Investigations on Bengal jail dietaries - Number 37
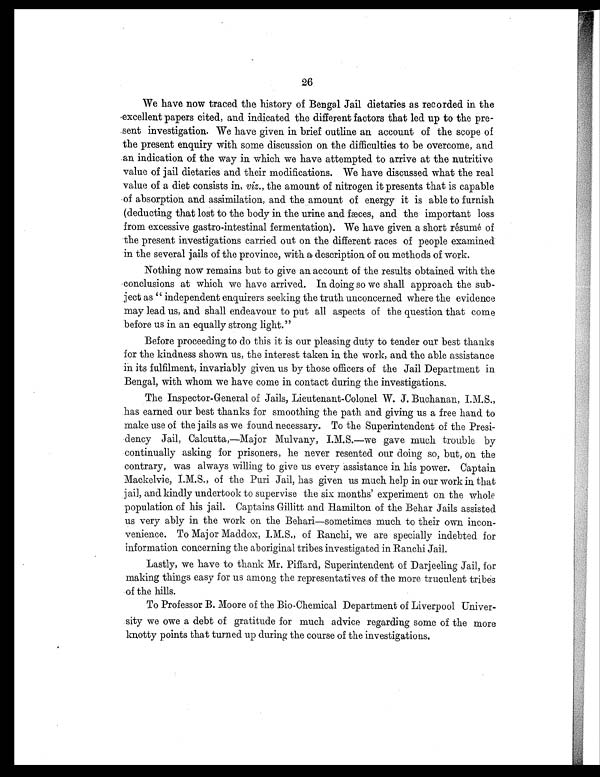
26
We have now traced the history of Bengal Jail dietaries as recorded in the
excellent papers cited, and indicated the different factors that led up to the pre-
sent investigation. We have given in brief outline an account of the scope of
the present enquiry with some discussion on the difficulties to be overcome, and
an indication of the way in which we have attempted to arrive at the nutritive
value of jail dietaries and their modifications. We have discussed what the real
value of a diet consists in, viz. , the amount of nitrogen it presents that is capable
of absorption and assimilation, and the amount of energy it is able to furnish
(deducting that lost to the body in the urine and fæces, and the important loss
from excessive gastro-intestinal fermentation). We have given a short résumé of
the present investigations carried out on the different races of people examined
in the several jails of the province, with a description of ou methods of work.
Nothing now remains but to give an account of the results obtained with the
conclusions at which we have arrived. In doing so we shall approach the sub-
ject as "independent enquirers seeking the truth unconcerned where the evidence
may lead us, and shall endeavour to put all aspects of the question that come
before us in an equally strong light."
Before proceeding to do this it is our pleasing duty to tender our best thanks
for the kindness shown us, the interest taken in the work, and the able assistance
in its fulfilment, invariably given us by those officers of the Jail Department in
Bengal, with whom we have come in contact during the investigations.
The Inspector-General of Jails, Lieutenant-Colonel W. J. Buchanan, I.M.S.,
has earned our best thanks for smoothing the path and giving us a free hand to
make use of the jails as we found necessary. To the Superintendent of the Presi-
dency Jail, Calcutta,—Major Mulvany, I.M.S.—we gave much trouble by
continually asking for prisoners, he never resented our doing so, but, on the
contrary, was always willing to give us every assistance in his power. Captain
Mackelvie, I.M.S., of the Puri Jail, has given us much help in our work in that
jail, and kindly undertook to supervise the six months' experiment on the whole
population of his jail. Captains Gillitt and Hamilton of the Behar Jails assisted
us very ably in the work on the Behari—sometimes much to their own incon-
venience. To Major Maddox, I.M.S., of Ranchi, we are specially indebted for
information concerning the aboriginal tribes investigated in Ranchi Jail.
Lastly, we have to thank Mr. Piffard, Superintendent of Darjeeling Jail, for
making things easy for us among the representatives of the more truculent tribes
of the hills.
To Professor B. Moore of the Bio-Chemical Department of Liverpool Univer-
sity we owe a debt of gratitude for much advice regarding some of the more
knotty points that turned up during the course of the investigations.